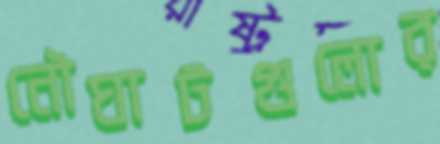
নৌঘাটগুলোর